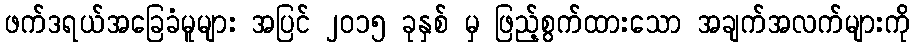
ဖက်ဒရယ်အခြေခံမူများ အပြင် ၂၀၁၅ ခုနှစ် မှ ဖြည့်စွက်ထားသော အချက်အလက်များကို